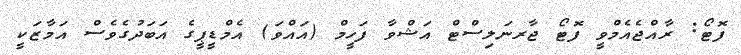
ފޮޓޯ: ރާއްޖެއެމްވީ ފޮޓޯ ޖާރނަލިސްޓް އަޝްވާ ފަހީމް (އައްވަ) އެމްޑީޕީގެ އަބަދުގެވެސް އަމާޒަކީ